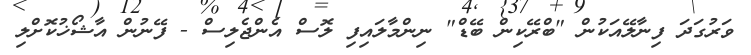
ވަރުގަދަ ފިނާލޭއަކުން "ބްރޭކިން ބޭޑް" ނިންމާލައިފި ލޮސް އެންޖެލިސް - ފޭނުން އާޝޯޚުކޮށްލި